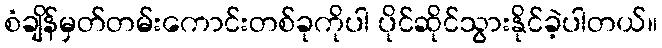
စံချိန်မှတ်တမ်းကောင်းတစ်ခုကိုပါ ပိုင်ဆိုင်သွားနိုင်ခဲ့ပါတယ်။